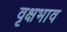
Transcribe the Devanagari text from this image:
वृक्षभाव